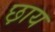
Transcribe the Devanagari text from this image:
छ़ाय